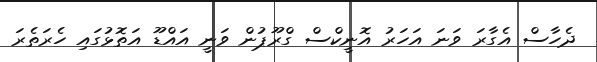
ދެހާސް އެގާރަ ވަނަ އަހަރު އޮނީކްސް ގްރޫޕުން ވަނީ އައްޑޫ އަތޮޅުގައި ހެރަތެރަ